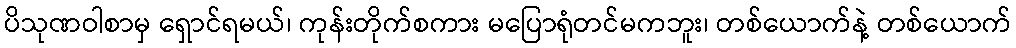
ပိသုဏဝါစာမှ ရှောင်ရမယ်၊ ကုန်းတိုက်စကား မပြောရုံတင်မကဘူး၊ တစ်ယောက်နဲ့ တစ်ယောက်